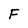
Character: F